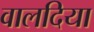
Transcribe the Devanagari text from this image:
वालदिया